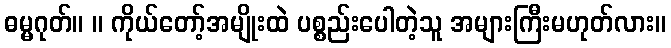
ဓမ္မဂုတ်။ ။ ကိုယ်တော့်အမျိုးထဲ ပစ္စည်းပေါတဲ့သူ အများကြီးမဟုတ်လား။